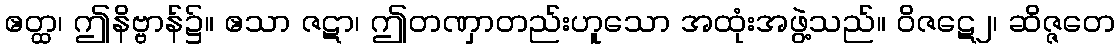
ဧတ္ထ၊ ဤနိဗ္ဗာန်၌။ ဧသာ ဇဋာ၊ ဤတဏှာတည်းဟူသော အထုံးအဖွဲ့သည်။ ဝိဇဋေ၂၊ ဆိဇ္ဇတေ